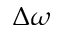
\Delta \omega